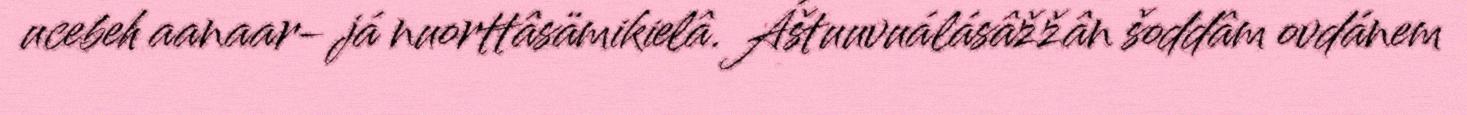
ucebeh aanaar- já nuorttâsämikielâ. Áštuuvuálásâžžân šoddâm ovdánem